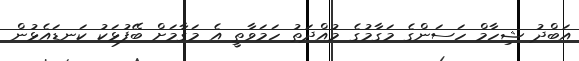
އަބްދު ޝިހާމް ހަސަންގެ މަގާމުގެ މުއްދަތު ހަމަވާތީ އެ މަގާމަށް ބޭފުޅަކު ކަނޑައެޅުން